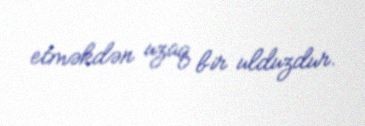
etməkdən uzaq bir ulduzdur.